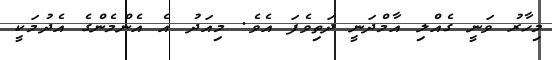
މިހާރު ވަނީ ގެއްލި އާމްދަނީ ދަތިވެފަ އެވެ. މިއަދު އެ އެންމެންގެ އެދުމަކީ